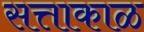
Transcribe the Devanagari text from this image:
सत्ताकाळ